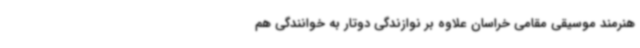
هنرمند موسیقی مقامی خراسان علاوه‌ بر نوازندگی دوتار به خوانندگی هم